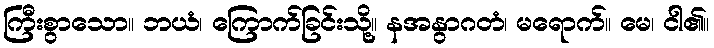
ကြီးစွာသော။ ဘယံ၊ ကြောက်ခြင်းသို့။ နအနွာဂတံ၊ မရောက်။ မေ၊ ငါ၏။